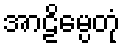
အာဠိမ္ပေတုံ